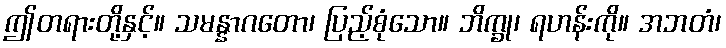
ဤတရားတို့နှင့်။ သမန္နာဂတော၊ ပြည့်စုံသော။ ဘိက္ခု၊ ရဟန်းကို။ အဘတံ၊